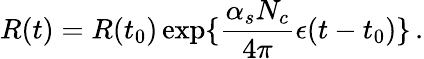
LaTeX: R(t)=R(t_{0})\exp\{ {\frac{\alpha_{s}N_{c}}{4\pi}}\epsilon(t-t_{0})\} \, .